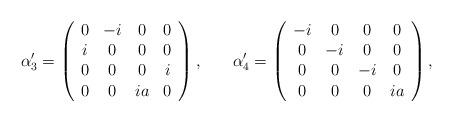
LaTeX: \begin{align*}\alpha _3^{\prime }=\left(\begin{array}{cccc}0 & -i & 0 & 0 \\i & 0 & 0 & 0 \\0 & 0 & 0 & i \\0 & 0 & ia & 0\end{array}\right) ,\hspace{0.3in} \alpha _4^{\prime }=\left(\begin{array}{cccc}-i & 0 & 0 & 0 \\0 & -i & 0 & 0 \\0 & 0 & -i & 0 \\0 & 0 & 0 & ia\end{array}\right) ,\end{align*}